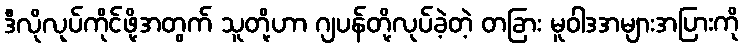
ဒီလိုလုပ်ကိုင်ဖို့အတွက် သူတို့ဟာ ဂျပန်တို့လုပ်ခဲ့တဲ့ တခြား မူဝါဒအများအပြားကို